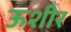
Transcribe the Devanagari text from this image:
ऊशीर